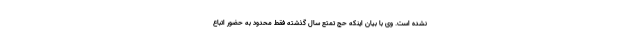
نشده است. وی با بیان اینکه حج تمتع سال گذشته فقط محدود به حضور اتباع